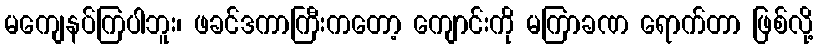
မကျေနပ်ကြပါဘူး၊ ဖခင်ဒကာကြီးကတော့ ကျောင်းကို မကြာခဏ ရောက်တာ ဖြစ်လို့